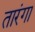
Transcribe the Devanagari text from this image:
तारंगा